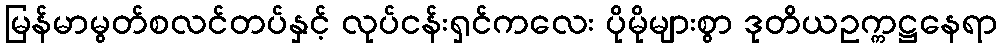
မြန်မာမွတ်စလင်တပ်နှင့် လုပ်ငန်းရှင်ကလေး ပိုမိုများစွာ ဒုတိယဥက္ကဋ္ဌနေရာ